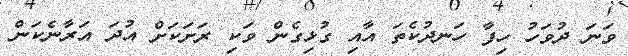
ވަނަ ދުވަހު ހިފާ ހަނދުކެތަ އާއި ގުޅިގެން ވަކި ރަށަކަށް އުދަ އަރާނެކަން